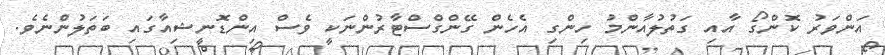
އަންވަރު ކޮންގޯ އާއި ގަތުލުއާންމު ހިންގި އެހެން ގޭންގްސްޓާރުންނަކީ ވެސް އިންޑޮނީޝިއާގައި ބަތަލުންނެވެ.